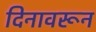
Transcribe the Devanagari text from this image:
दिनावरून